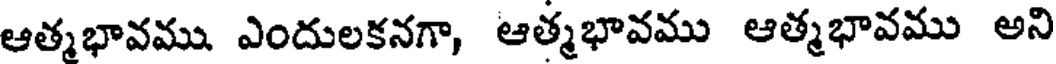
ఆత్మభావము ఎందులకనగా, ఆత్మభావము ఆత్మభావము అని